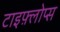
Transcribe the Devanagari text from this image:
टाइफ़्लोप्स